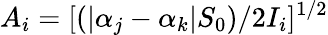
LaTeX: A_{i}=[(|\alpha_{j}-\alpha_{k}|S_{0})/2I_{i}]^{1/2}